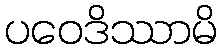
ပဝေဒိဿာမိ